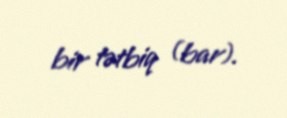
bir tətbiq (bar).